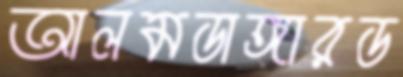
আলমডাঙ্গারড